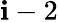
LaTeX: \mathbf{i}-2